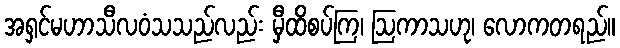
အရှင်မဟာသီလဝံသသည်လည်း မှီထိစပ်ကြ၊ ဩကာသဟု၊ လောကတရည်။